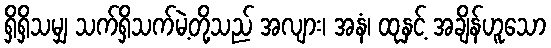
ရှိရှိသမျှ သက်ရှိသက်မဲ့တို့သည် အလျား၊ အနံ၊ ထုနှင့် အချိန်ဟူသော